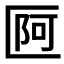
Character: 𠥍